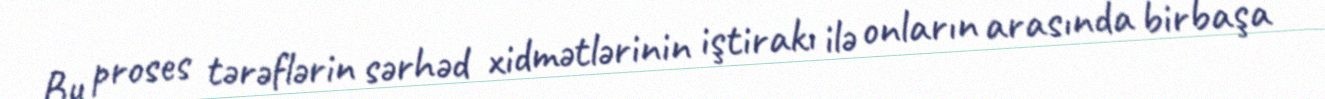
Bu proses tərəflərin sərhəd xidmətlərinin iştirakı ilə onların arasında birbaşa